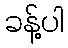
ခန့်ပါ